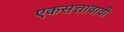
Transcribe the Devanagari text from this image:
एकसत्तावादी